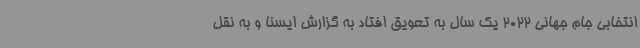
انتخابی جام جهانی 2022 یک سال به تعویق افتاد به گزارش ایسنا و به نقل